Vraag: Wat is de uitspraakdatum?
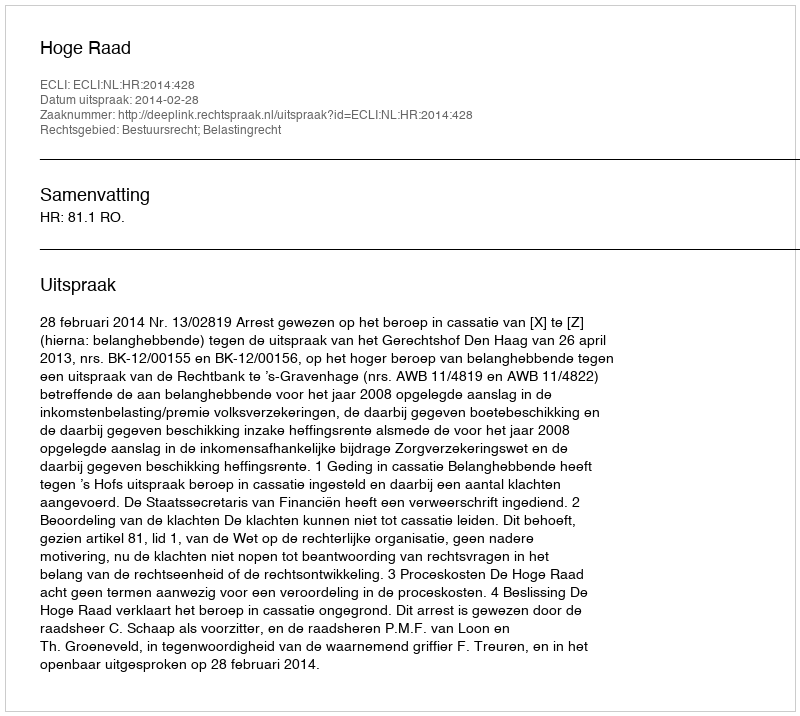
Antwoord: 2014-02-28